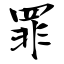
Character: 罪